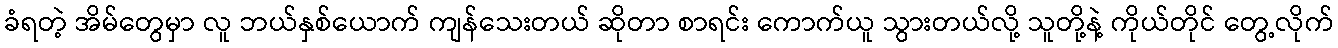
ခံရတဲ့ အိမ်တွေမှာ လူ ဘယ်နှစ်ယောက် ကျန်သေးတယ် ဆိုတာ စာရင်း ကောက်ယူ သွားတယ်လို့ သူတို့နဲ့ ကိုယ်တိုင် တွေ့လိုက်